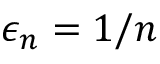
\epsilon _ { n } = 1 / n